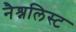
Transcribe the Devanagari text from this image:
नैश्नलिस्ट